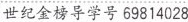
世纪金榜导学号69814028